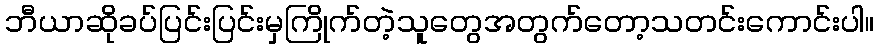
ဘီယာဆိုခပ်ပြင်းပြင်းမှကြိုက်တဲ့သူတွေအတွက်တော့သတင်းကောင်းပါ။